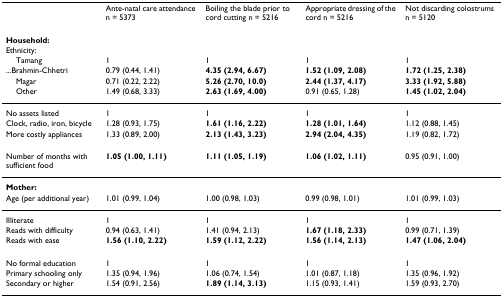
<table><thead><tr><td></td><td><b>Ante-natal care attendance n = 5373</b></td><td><b>Boiling the blade prior to cord cutting n = 5216</b></td><td><b>Appropriate dressing of the cord n = 5216</b></td><td><b>Not discarding colostrums n = 5120</b></td></tr></thead><tbody><tr><td><b>Household:</b></td><td></td><td></td><td></td><td></td></tr><tr><td>Ethnicity:</td><td></td><td></td><td></td><td></td></tr><tr><td> Tamang</td><td>1</td><td>1</td><td>1</td><td>1</td></tr><tr><td>...Brahmin-Chhetri</td><td>0.79 (0.44, 1.41)</td><td><b>4.35 (2.94, 6.67)</b></td><td><b>1.52 (1.09, 2.08)</b></td><td><b>1.72 (1.25, 2.38)</b></td></tr><tr><td> Magar</td><td>0.71 (0.22, 2.22)</td><td><b>5.26 (2.70, 10.0)</b></td><td><b>2.44 (1.37, 4.17)</b></td><td><b>3.33 (1.92, 5.88)</b></td></tr><tr><td> Other</td><td>1.49 (0.68, 3.33)</td><td><b>2.63 (1.69, 4.00)</b></td><td>0.91 (0.65, 1.28)</td><td><b>1.45 (1.02, 2.04)</b></td></tr><tr><td>No assets listed</td><td>1</td><td>1</td><td>1</td><td>1</td></tr><tr><td>Clock, radio, iron, bicycle</td><td>1.28 (0.93, 1.75)</td><td><b>1.61 (1.16, 2.22)</b></td><td><b>1.28 (1.01, 1.64)</b></td><td>1.12 (0.88, 1.45)</td></tr><tr><td>More costly appliances</td><td>1.33 (0.89, 2.00)</td><td><b>2.13 (1.43, 3.23)</b></td><td><b>2.94 (2.04, 4.35)</b></td><td>1.19 (0.82, 1.72)</td></tr><tr><td>Number of months with sufficient food</td><td><b>1.05 (1.00, 1.11)</b></td><td><b>1.11 (1.05, 1.19)</b></td><td><b>1.06 (1.02, 1.11)</b></td><td>0.95 (0.91, 1.00)</td></tr><tr><td><b>Mother:</b></td><td></td><td></td><td></td><td></td></tr><tr><td>Age (per additional year)</td><td>1.01 (0.99, 1.04)</td><td>1.00 (0.98, 1.03)</td><td>0.99 (0.98, 1.01)</td><td>1.01 (0.99, 1.03)</td></tr><tr><td>Illiterate</td><td>1</td><td>1</td><td>1</td><td>1</td></tr><tr><td>Reads with difficulty</td><td>0.94 (0.63, 1.41)</td><td>1.41 (0.94, 2.13)</td><td><b>1.67 (1.18, 2.33)</b></td><td>0.99 (0.71, 1.39)</td></tr><tr><td>Reads with ease</td><td><b>1.56 (1.10, 2.22)</b></td><td><b>1.59 (1.12, 2.22)</b></td><td><b>1.56 (1.14, 2.13)</b></td><td><b>1.47 (1.06, 2.04)</b></td></tr><tr><td>No formal education</td><td>1</td><td>1</td><td>1</td><td>1</td></tr><tr><td>Primary schooling only</td><td>1.35 (0.94, 1.96)</td><td>1.06 (0.74, 1.54)</td><td>1.01 (0.87, 1.18)</td><td>1.35 (0.96, 1.92)</td></tr><tr><td>Secondary or higher</td><td>1.54 (0.91, 2.56)</td><td><b>1.89 (1.14, 3.13)</b></td><td>1.15 (0.93, 1.41)</td><td>1.59 (0.93, 2.70)</td></tr></tbody></table>